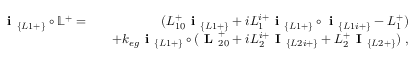
\begin{array} { r l r } { \textbf { i } _ { \{ L 1 + \} } \circ \mathbb { L } ^ { + } = } & { } & { ( L _ { 1 0 } ^ { + } \textbf { i } _ { \{ L 1 + \} } + i L _ { 1 } ^ { i + } \textbf { i } _ { \{ L 1 + \} } \circ \textbf { i } _ { \{ L 1 i + \} } - L _ { 1 } ^ { + } ) } \\ & { } & { + k _ { e g } \textbf { i } _ { \{ L 1 + \} } \circ ( \textbf { L } _ { 2 0 } ^ { + } + i L _ { 2 } ^ { i + } \textbf { I } _ { \{ L 2 i + \} } + L _ { 2 } ^ { + } \textbf { I } _ { \{ L 2 + \} } ) ~ , } \end{array}